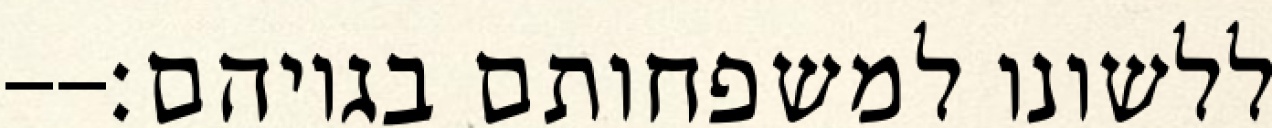
ללשונו למשפחותם בגויהם׃--